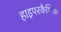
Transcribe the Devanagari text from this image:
हाइपरकैप्निक